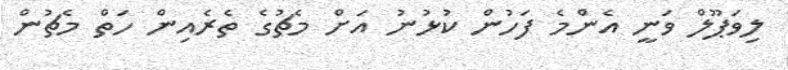
ލިވަޕޫލް ވަނީ އެންމެ ފަހުން ކުޅުނު އަށް މެޗުގެ ތެރެއިން ހަތް މެޗުން